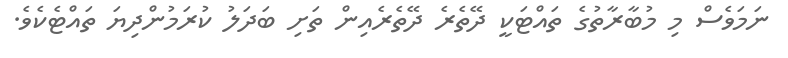
ނަމަވެސް މި މުބާރާތުގެ ތައްޓަކީ ދޭތެރެ ދޭތެރެއިން ތަށި ބަދަލު ކުރަމުންދިޔަ ތައްޓެކެވެ.